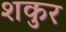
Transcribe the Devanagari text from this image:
शकुर